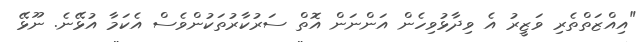
"އިއްޒަތްތެރި ވަޒީރު އެ ވިދާޅުވިހެން އަންނަން އޮތް ސަރުކާރުތަކުންވެސް އެކަމާ އުޅޭނެ. ނޫޅޭ